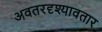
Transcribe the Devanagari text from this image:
अवतरदृश्यावतार